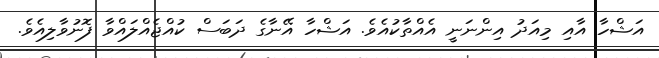
އަޝްހާ އާއި މިއަދު އިންނަނީ އެއްތާކުއެވެ. އަޝްހާ އޭނާގެ ދަބަސް ކުއްޖެއްލައްވާ ފޮނުވާލިއެވެ.